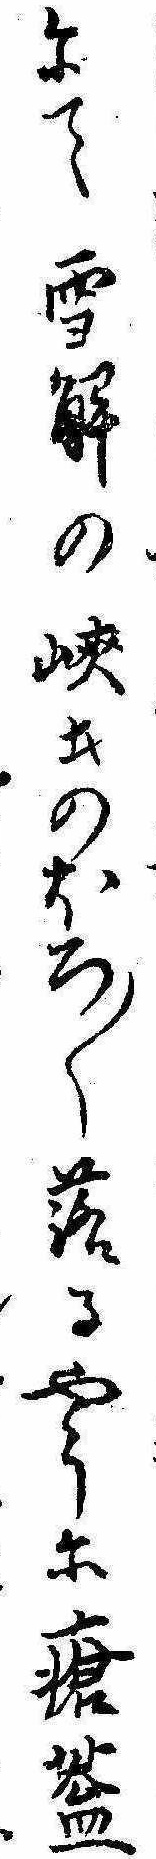
にて雪解の峽土のほろ〱落るやうに瘡蓋